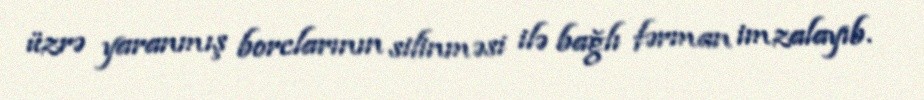
üzrə yaranmış borclarının silinməsi ilə bağlı fərman imzalayıb.